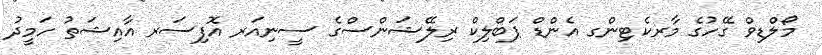
މޯލްޑިވް ގޭހުގެ މާރކެޓިންގ އެންޑް ޕަބްލިކް ރިލޭޝަންސްގެ ސީނިއަރ އޮފިސަރ އާއިޝަތު ހަމީދު